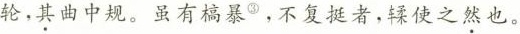
轮，其曲中规。虽有槁暴^{③}，不复挺者，鞣使之然也。